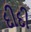
દીદી